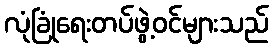
လုံခြုံရေးတပ်ဖွဲ့ဝင်များသည်